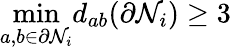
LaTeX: \mathop{\operatorname*{min}}_{a,b\in\partial\mathcal{N}_{i}}d_{ab}(\partial\mathcal{N}_{i})\geq 3